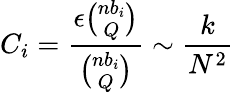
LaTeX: C_{i}=\frac{\epsilon\binom{nb_{i}}{Q}}{\binom{nb_{i}}{Q}}\sim\frac{k}{N^{2}}